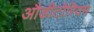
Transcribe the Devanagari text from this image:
औडीटोरियम